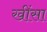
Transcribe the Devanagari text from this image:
खींसा